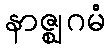
နာဇ္ဈဂမံ